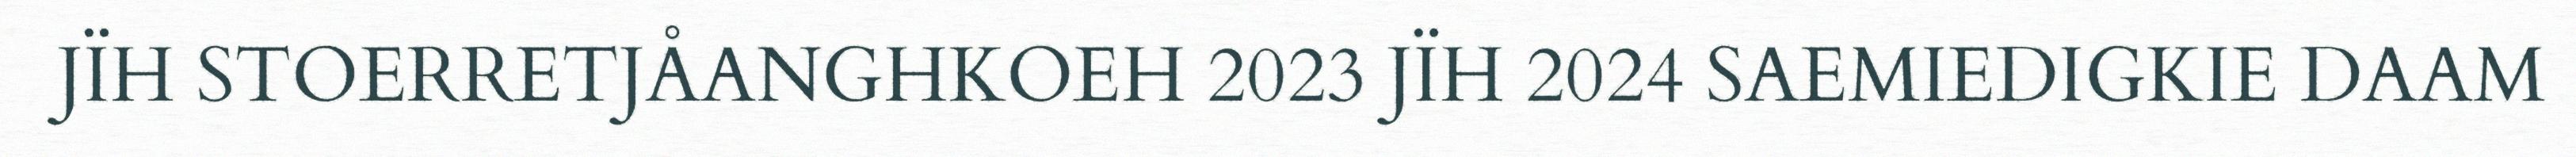
JÏH STOERRETJÅANGHKOEH 2023 JÏH 2024 SAEMIEDIGKIE DAAM